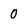
Character: 0